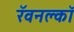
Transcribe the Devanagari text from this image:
रॅवनक्लॉ